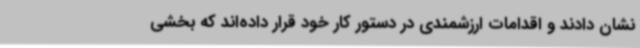
نشان دادند و اقدامات ارزشمندی در دستور کار خود قرار داده‌اند که بخشی